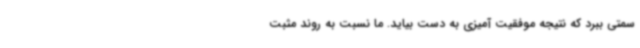
سمتی ببرد که نتیجه موفقیت آمیزی به دست بیاید. ما نسبت به روند مثبت